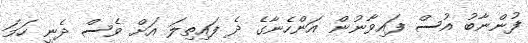
ފުންނާބު އުސް ފައިވާނުން އަންހެނާގެ ދެ ފައިތިލަ އަށް ވެސް ދެނީ ހަމަ